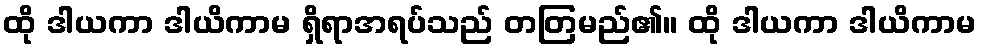
ထို ဒါယကာ ဒါယိကာမ ရှိရာအရပ်သည် တတြမည်၏။ ထို ဒါယကာ ဒါယိကာမ